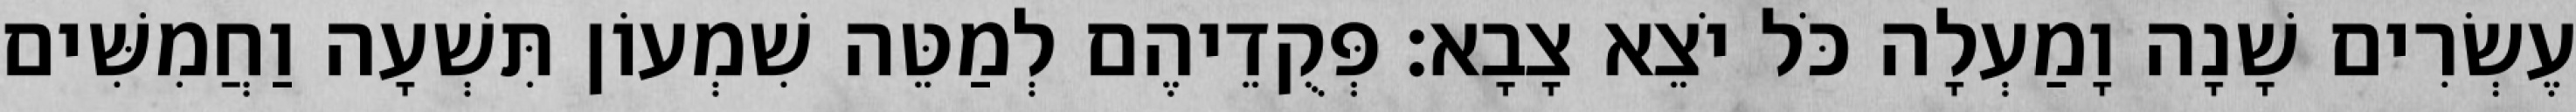
עֶשְׂרִים שָׁנָה וָמַעְלָה כֹּל יֹצֵא צָבָא׃ פְּקֻדֵיהֶם לְמַטֵּה שִׁמְעוֹן תִּשְׁעָה וַחֲמִשִּׁים